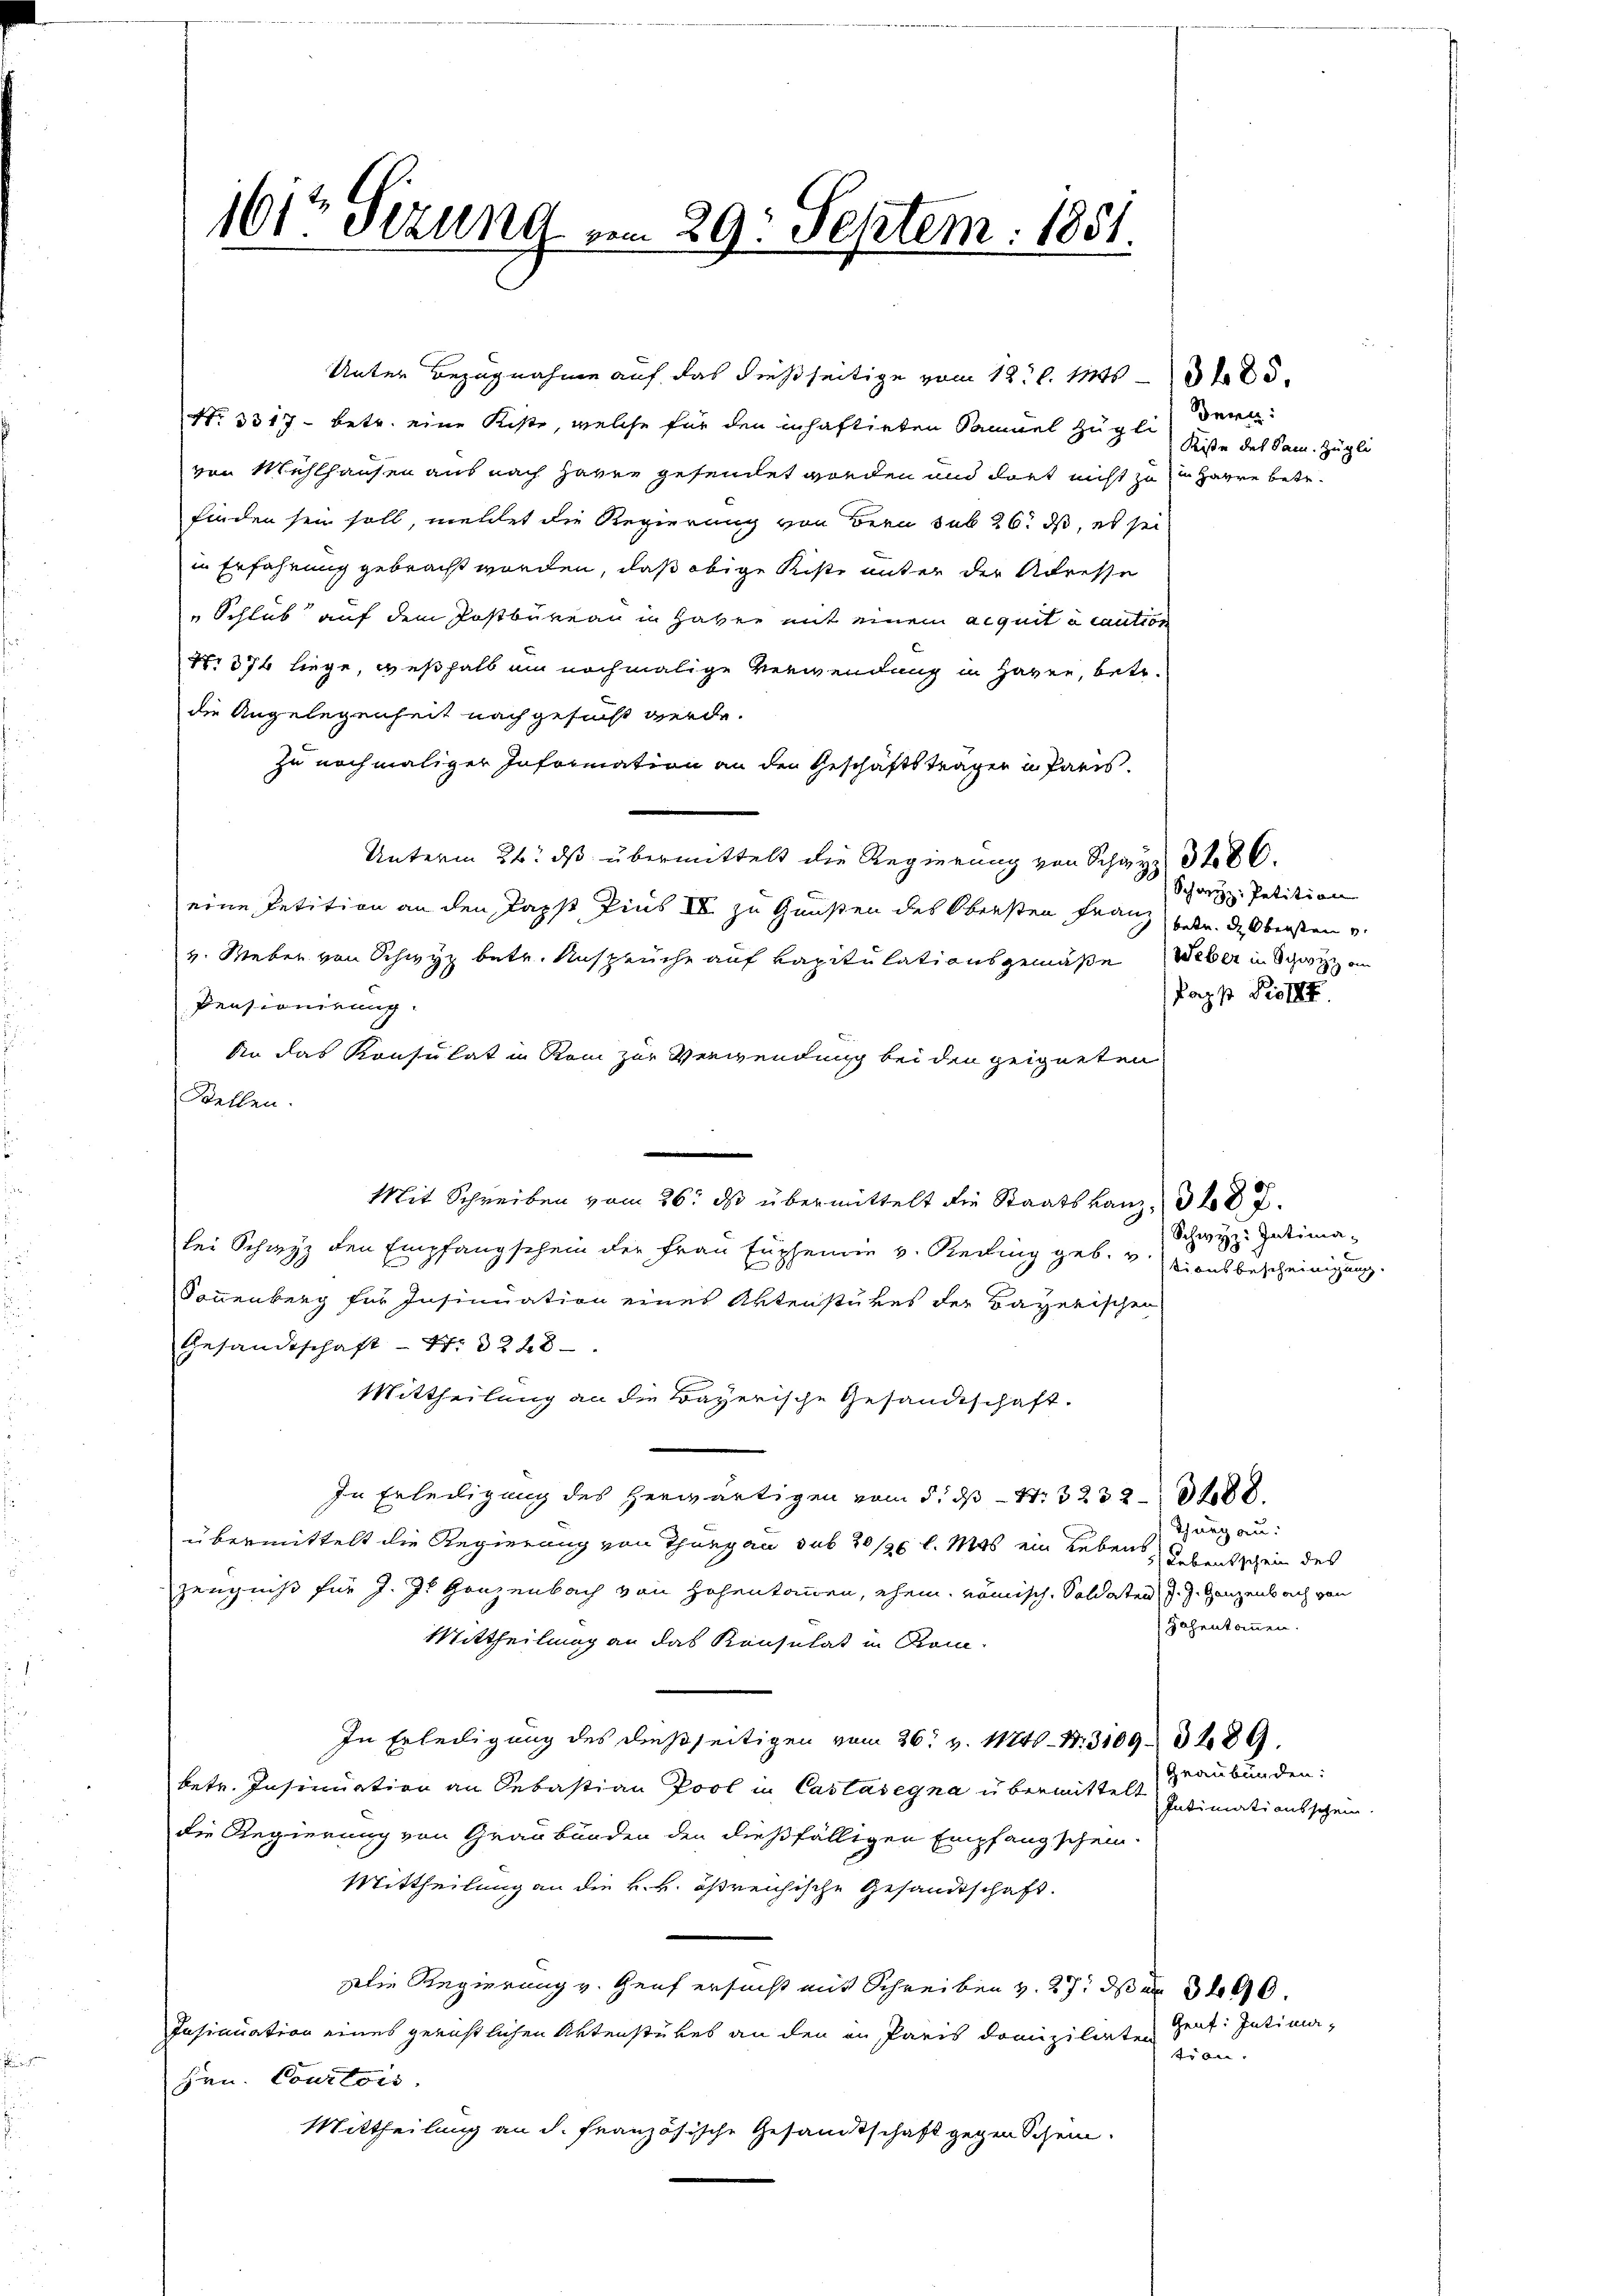
101 Sezung vom 29. Septem. 1851.

Nr. 3317 - betr. eine Kiste, welche für den inhaftirten Samuel Zugli
von Mühlhausen aus nach Harre gesendet worden und dort nicht zu in Harre betr.
finden sein soll, meldet die Regierung von Bern sub 26. ds, es sei
in Erfahrung gebracht worden, daß obige Kiste unter der Adresse
 Schluß auf dem Postbureau in Haver mit einem acquita caution
No 374 liege, weßhalb ein nochmalige Verwendung in Hagen, betr.
die Angelegenheit nachgesucht werde.
zu nochmaliger Information an den Geschäftsträger u. Paris.
Unterm 26. ds übermittelt die Regierung von Schwyz 386.
eine Petition an den Papst Pius IV zu Gunsten des Obersten Franz betr. d. Obersten v.
v. Weber von Schwyz betr. Ansprüche auf Kapitulationsgemäße Weber in Schwyz an
Pensionirung.
An das Konsulat in Rom zur Verwendung bei den geigneten
Stellen.
Mit Schreiben vom 26. ds übermittelt die Staatskanz, 30 J.
bei Schwyz den Empfangschein der Frau Euphennin v. Reding geb. 3 tionsbescheinigung.
Sonnenberg für Insinuation eines Aktenstükes der Bayerischen
Gesandtschaft - Nr. 3228
Mittheilung an die Bayerische Gesandtschaft.
In Erteiligung des herwärtigen vom 5. ds S. 3232388.
übermittelt die Regierung von Thurgau sub 20/20 l. Mos ein Lebens
Zeugniß für J. J. Ganzenbach von Hohentammen, ehem. römisch. Soldaten J. J. Ganzenbach von
Mittheilung an das Konsulat in Kom¬
In Erledigung des dießseitigen vom 26. v. 11741 N. 3109. 289.
betr. Insinuation an Sebastian Pool in Castasegna übermittelt
die Regierung von Graubünden den dießfälligen Empfangschein.
Mittheilung an die k. k. ößreichische Gesandtschaft.
Die Regierung v. Genf ersucht mit Schreiben v. 27. ds de 3400.
Insinuation eines gerichtlichen Aktenstükes an den in Paris domizilirten
hen. Courtois.
Mittheilung an d. französische Gesandtschaft gegen Schein.

Unter Bezugnahme auf das dießseitige vom 12. l. 1885.

Bern:
Reise des Sam. Zügli

Schwyz: Petition
Papp Pist

Schwyz: Intima.

Thurgau:
) Lebensschein des
hahentammen.

Graubünden:
Intimationsschein

Gent: Intima,
tr an